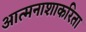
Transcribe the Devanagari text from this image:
आत्मनाशाकरिता